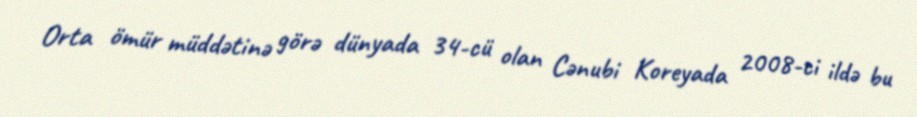
Orta ömür müddətinə görə dünyada 34-cü olan Cənubi Koreyada 2008-ci ildə bu